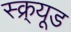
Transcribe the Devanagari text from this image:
स्क्र्यूड